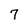
Character: 7